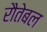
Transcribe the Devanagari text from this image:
रौतेबल